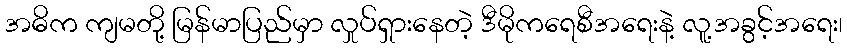
အဓိက ကျမတို့ မြန်မာပြည်မှာ လှုပ်ရှားနေတဲ့ ဒီမိုကရေစီအရေးနဲ့ လူ့အခွင့်အရေး၊